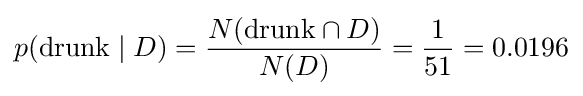
p(\mathrm {drunk} \mid D)={\frac {N(\mathrm {drunk} \cap D)}{N(D)}}={\frac {1}{51}}=0.0196